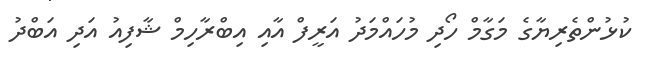
ކުޅުންތެރިޔާގެ މަގާމް ހޯދި މުހައްމަދު އަރީފް އާއި އިބްރާހިމް ޝާފިއު އަދި އަބްދު